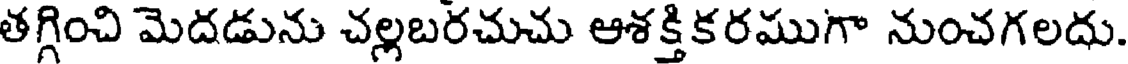
తగ్గించి మెదడును చల్లబరచుచు ఆశక్తికరముగా నుంచగలదు